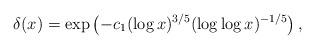
LaTeX: \begin{align*} \delta(x)= \exp\left(-c_1(\log x)^{3/5}(\log \log x)^{-1/5}\right),\end{align*}